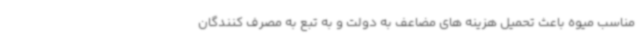
مناسب میوه باعث تحمیل هزینه های مضاعف به دولت و به تبع به مصرف کنندگان